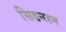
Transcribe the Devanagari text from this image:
सिडनहम